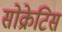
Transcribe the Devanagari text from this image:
सोक्रेटिस